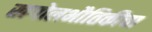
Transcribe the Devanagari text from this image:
खगोलभौतिकीचा